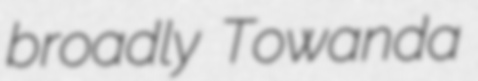
broadly Towanda